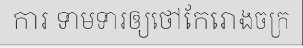
ការ ទាមទារឲ្យថៅកែរោងចក្រ